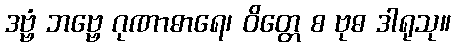
ဒဗ္ဗံ ဘဗ္ဗေ ဂုဏာဓာရေ၊ ဝိတ္တေ စ ဗုဓ ဒါရုသု။